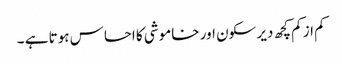
کم از کم کچھ دیر سکون اور خاموشی کا احساس ہوتا ہے ۔